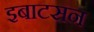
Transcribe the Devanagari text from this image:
इबाटसन